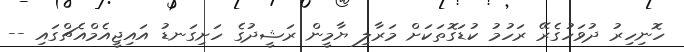
ހޮނިހިރު ދުވަހުގެރޭ ރަހުމު ކުޑަގޮތަކަށް މަރާލި ޔާމީން ރަޝީދުގެ ހަށިގަނޑު އައިޖީއެމްއެޗްގައި --